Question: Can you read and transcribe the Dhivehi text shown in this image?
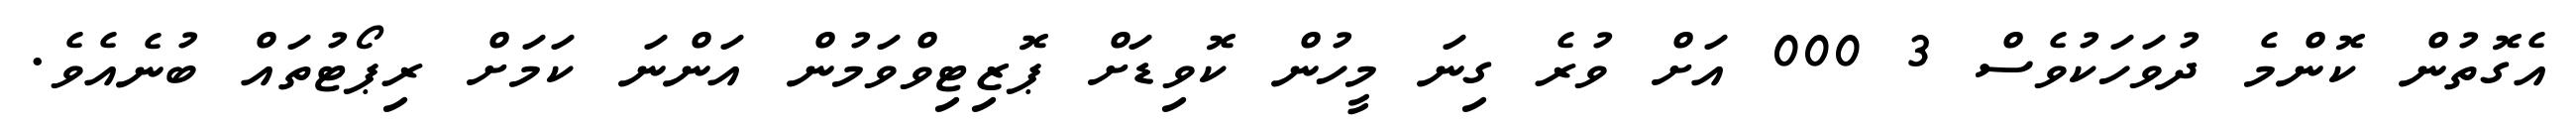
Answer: އެގޮތުން ކޮންމެ ދުވަހަކުވެސް 3 000 އަށް ވުރެ ގިނަ މީހުން ކޮވިޑަށް ޕޮޒިޓިވްވަމުން އަންނަ ކަމަށް ރިޕޯޓުތައް ބުނެއެވެ.